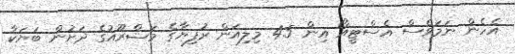
އެހެން ނަމަވެސް އެސްޓީއޯ އިން 4.5 މިލިއަން ރުފިޔާގެ މަޝްރޫއުގެ ދަށުން ބަޔަކާ